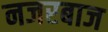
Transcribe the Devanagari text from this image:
नजरबाज